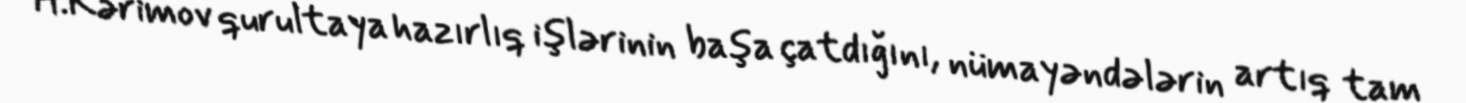
H.Kərimov qurultaya hazırlıq işlərinin başa çatdığını, nümayəndələrin artıq tam